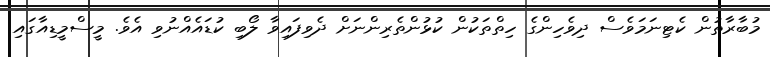
މުބާރާތުން ކެޓިނަމަވެސް ދިވެހިންގެ ހިތްތަކުން ކުޅުންތެރިންނަށް ދެވިފައިވާ ލޯބި ކުޑައެއްނުވި އެވެ. މީސްމީޑިއާގައި